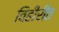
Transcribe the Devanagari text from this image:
विहीरींत